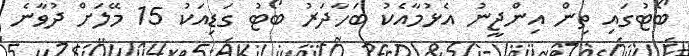
ބޯޓުގައި ތިން އިންޖީނު އެޅުމާއެކު ބަހާދަރު ބޯޓު ގަޑިއަކު 15 މޭލަށް ދުވާނެ